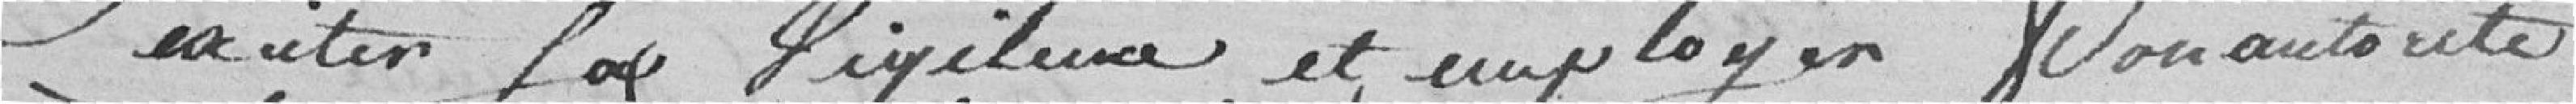
exciter sa vigilance et employer son autorité